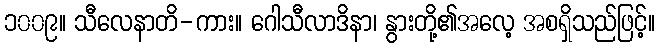
၁၀၀၉။ သီလေနာတိ-ကား။ ဂေါသီလာဒိနာ၊ နွားတို့၏အလေ့ အစရှိသည်ဖြင့်။